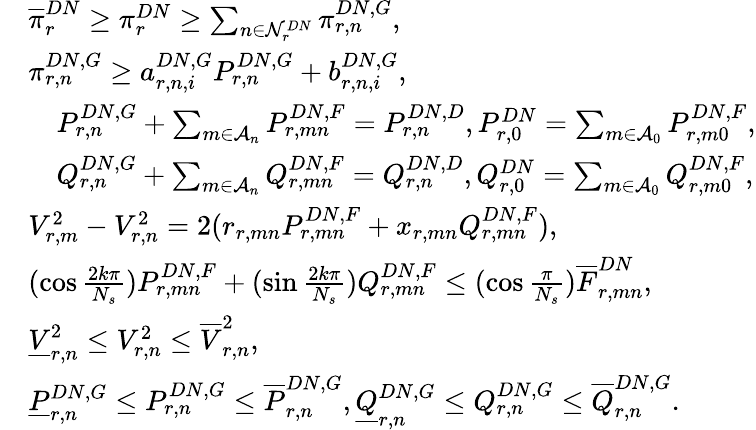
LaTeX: \begin{array}{rl}&{\overline{{\pi}}_{r}^{DN}\ge\pi_{r}^{DN}\ge\sum_{n\in\mathcal{N}_{r}^{DN}}\pi_{r,n}^{DN,G},}\\ &{\pi_{r,n}^{DN,G}\ge a_{r,n,i}^{DN,G}P_{r,n}^{DN,G}+b_{r,n,i}^{DN,G},}\\ &{\begin{array}{rl}&{P_{r,n}^{DN,G}+\sum_{m\in\mathcal{A}_{n}}P_{r,mn}^{DN,F}=P_{r,n}^{DN,D},P_{r,0}^{DN}=\sum_{m\in\mathcal{A}_{0}}P_{r,m0}^{DN,F},}\\ &{Q_{r,n}^{DN,G}+\sum_{m\in\mathcal{A}_{n}}Q_{r,mn}^{DN,F}=Q_{r,n}^{DN,D},Q_{r,0}^{DN}=\sum_{m\in\mathcal{A}_{0}}Q_{r,m0}^{DN,F},}\end{array}}\\ &{V_{r,m}^{2}-V_{r,n}^{2}=2(r_{r,mn}P_{r,mn}^{DN,F}+x_{r,mn}Q_{r,mn}^{DN,F}),}\\ &{(\cos\frac{2k\pi}{N_{s}})P_{r,mn}^{DN,F}+(\sin\frac{2k\pi}{N_{s}})Q_{r,mn}^{DN,F}\leq(\cos\frac{\pi}{N_{s}})\overline{{F}}_{r,mn}^{DN},}\\ &{\underline{{V}}_{r,n}^{2}\leq V_{r,n}^{2}\leq\overline{{V}}_{r,n}^{2},}\\ &{\underline{{P}}_{r,n}^{DN,G}\leq P_{r,n}^{DN,G}\leq\overline{{P}}_{r,n}^{DN,G},\underline{{Q}}_{r,n}^{DN,G}\leq Q_{r,n}^{DN,G}\leq\overline{{Q}}_{r,n}^{DN,G}.}\end{array}